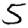
Digit: 5